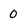
Character: 0